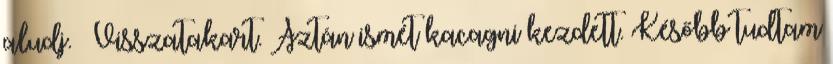
aludj. – Visszatakart. Aztán ismét kacagni kezdett. Később tudtam